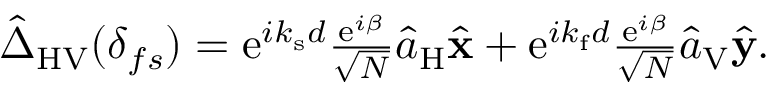
\begin{array} { r } { \hat { \Delta } _ { \mathrm { H V } } ( \delta _ { f s } ) = \mathrm { e } ^ { i k _ { \mathrm { s } } d } \frac { \mathrm { e } ^ { i \beta } } { \sqrt { N } } \hat { a } _ { \mathrm { H } } \hat { \bf x } + \mathrm { e } ^ { i k _ { \mathrm { f } } d } \frac { \mathrm { e } ^ { i \beta } } { \sqrt { N } } \hat { a } _ { \mathrm { V } } \hat { \bf y } . } \end{array}